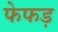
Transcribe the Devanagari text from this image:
फेफड़